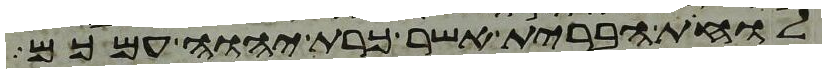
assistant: לוחת הברית אשר כרת יהוה עמכם